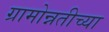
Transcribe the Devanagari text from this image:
ग्रामोन्नतीच्या